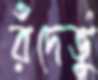
রঁদেভু